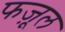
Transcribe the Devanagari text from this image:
फज़ूल